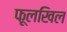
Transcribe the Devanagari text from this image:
फूलखिल